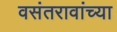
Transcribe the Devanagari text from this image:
वसंतरावांच्या